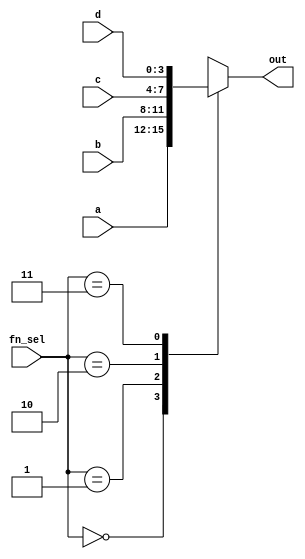
module mux4to1(a,b,c,d,fn_sel,out);
   parameter N=4;
  input [N-1:0] a,b,c,d;
  input [1:0]fn_sel;
  output reg [N-1:0] out;
 
 
  always@(a or b or c or d or fn_sel) begin
    case(fn_sel)
    4'b00:out<=a;
    4'b01:out<=b;
    4'b10:out<=c;
    4'b11:out<=d;
    endcase
  end
endmodule